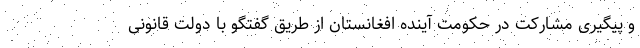
و پیگیری مشارکت در حکومت آینده افغانستان از طریق گفتگو با دولت قانونی